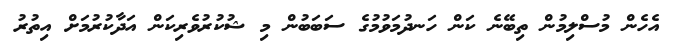
އެހެން މުސްލިމުން ތިބޭނެ ކަން ހަނދުމަވުމުގެ ސަބަބުން މި ޝުކުރުވެރިކަން އަދާކުރުމަށް އިތުރު